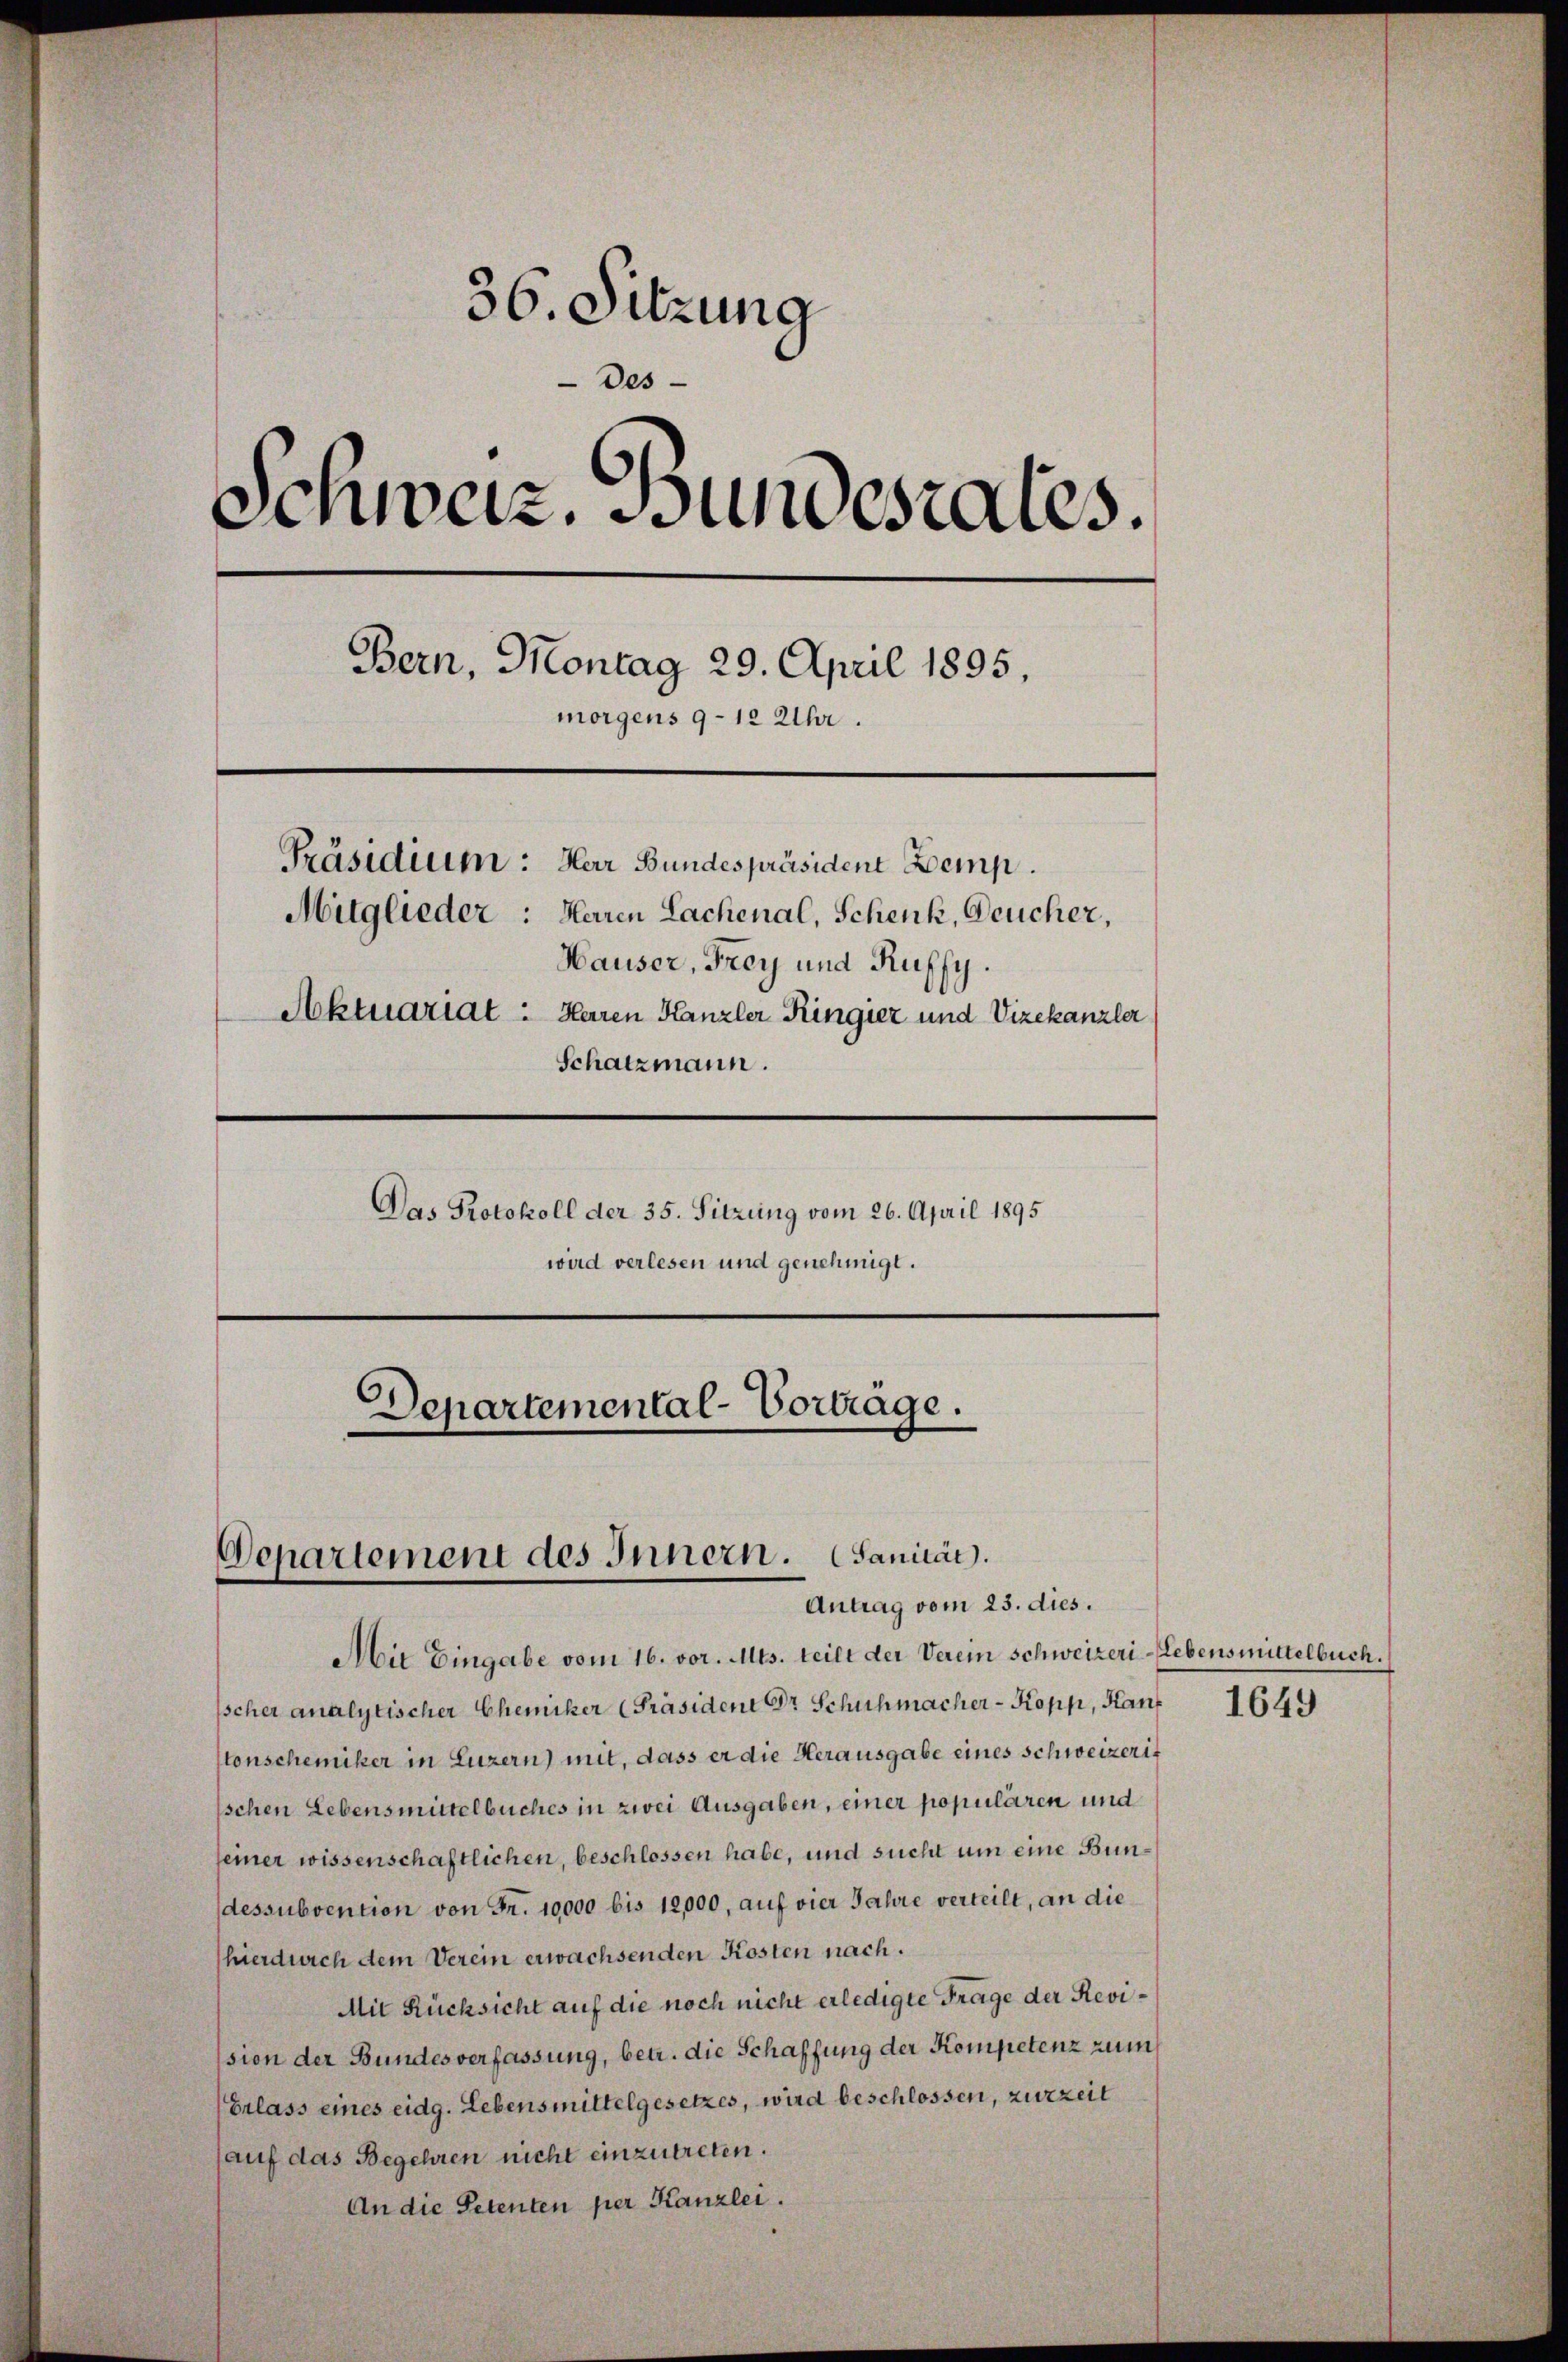
36. Sitzung
Des
Schweiz. Bundesrates.
Bern, Montag 29. April 1895
morgens 9–12 Uhr.
Präsidium: Herr Bundespräsident Demp.
Mitglieder: Heren Lachenal, Schenk, Deucher,
Hauser, Frey und Ruffy.
Aktuariat : Haren Kanzler Ringiez und Vizekanzler
Schatzmann.
Das Protokoll der 35. Sitzung vom 26. April 1895
wird verlesen und genehmigt.
Departemental-Vorträge.

Departement des Innern. Sanität.
Antrag vom 23. dies.

Mit Eingabe vom 16. vor. Mts. teilt der Verein Schweizeri-Lebensmittelbuch.
sscher analytischer Chemiker [Präsident Dr Schuhmacher-Kopp, Kant
Conschemiker in Luzern) mit, dass er die Herausgabe eines Schweizerif
ischen Lebensmittelbuches in zwei Ausgaben, einer populären und
seiner wissenschaftlichen, beschlossen habe, und sucht um eine Bundessubvention von Fr. 10000 bis 12,000, auf vier Jahre verteilt, an die
hierdurch dem Verein erwachsenden Kosten nach.
Mit Rücksicht auf die noch nicht erledigte Frage der Revission der Bundesverfassung, betr. die Schaffung der Kompetenz zum
Erlass eines eidg. Lebensmittelgesetzes, wird beschlossen, zurzeit
(auf das Begehren nicht einzutreten.
An die Petenten per Kanzlei.

1649